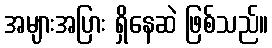
အများအပြား ရှိနေဆဲ ဖြစ်သည်။